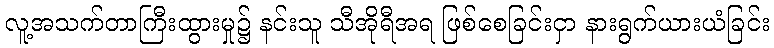
လူ့အသက်တာကြီးထွားမှု၌ နင်းသူ သီအိုရီအရ ဖြစ်စေခြင်းငှာ နားရွက်ယားယံခြင်း